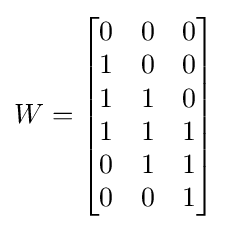
W={\begin{bmatrix}0&0&0\\1&0&0\\1&1&0\\1&1&1\\0&1&1\\0&0&1\end{bmatrix}}